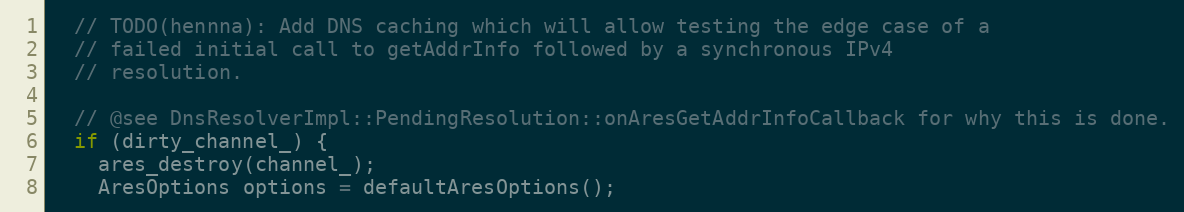
Language: C++
  // TODO(hennna): Add DNS caching which will allow testing the edge case of a
  // failed initial call to getAddrInfo followed by a synchronous IPv4
  // resolution.

  // @see DnsResolverImpl::PendingResolution::onAresGetAddrInfoCallback for why this is done.
  if (dirty_channel_) {
    ares_destroy(channel_);
    AresOptions options = defaultAresOptions();